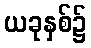
ယခုနှစ်၌